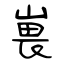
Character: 嵔